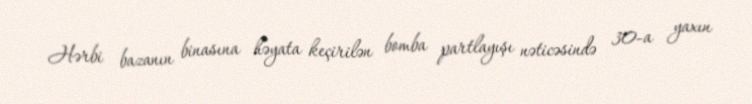
Hərbi bazanın binasına həyata keçirilən bomba partlayışı nəticəsində 30-a yaxın